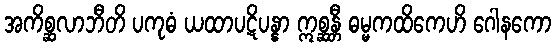
အကိစ္ဆလာဘီတိ ပကုဓံ ယထာပဋိပန္နာ ဣစ္ဆန္တီ ဓမ္မကထိကေဟိ ဂေါနကော